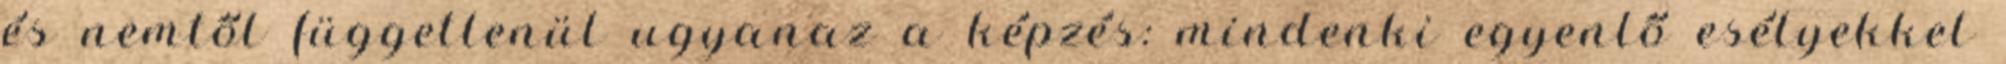
és nemtől függetlenül ugyanaz a képzés: mindenki egyenlő esélyekkel